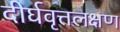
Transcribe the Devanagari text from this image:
दीर्घवृत्तलक्षण